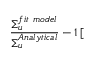
\frac { \Sigma _ { u } ^ { f i t \ m o d e l } } { \Sigma _ { u } ^ { A n a l y t i c a l } } - 1 \, [ \